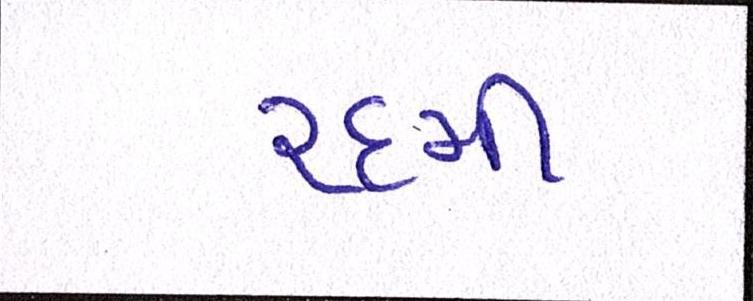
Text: ૨૬મી